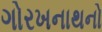
ગોરખનાથનો